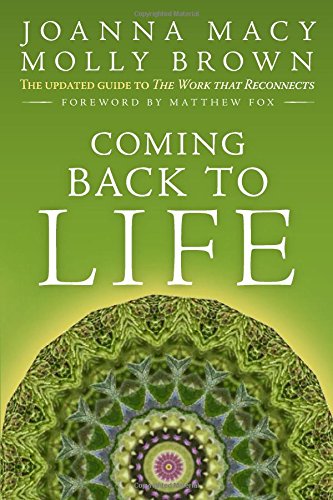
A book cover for Coming Back to Life: The Updated Guide to the Work that Reconnects; Joanna Macy; Science & Math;